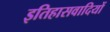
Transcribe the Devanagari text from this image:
इतिहासवादियों